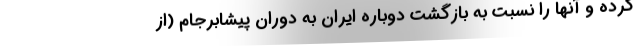
کرده و آنها را نسبت به بازگشت دوباره ایران به دوران پیشابرجام (از